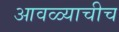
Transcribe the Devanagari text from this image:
आवळ्याचीच